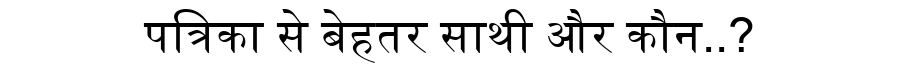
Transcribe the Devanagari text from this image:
पत्रिका से बेहतर साथी और कौन..?